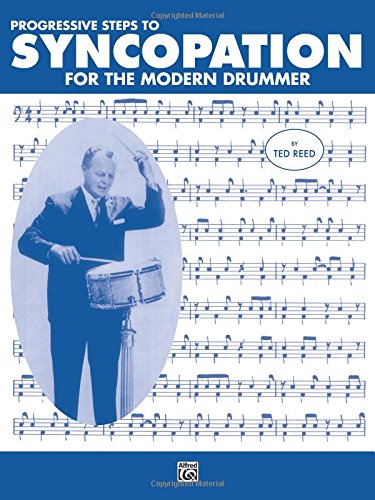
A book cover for Progressive Steps to Syncopation for the Modern Drummer; Ted Reed; Arts & Photography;